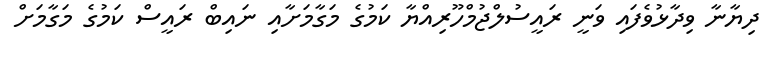
ދިޔާނާ ވިދާޅުވެފައި ވަނީ ރައީސުލްޖުމްހޫރިއްޔާ ކަމުގެ މަގާމަށާއި ނައިބް ރައީސް ކަމުގެ މަގާމަށް